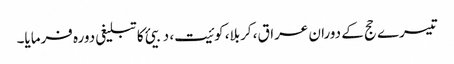
تیسرے حج کے دوران عراق، کربلا، کوئیت، دبیئ کا تبلیغی دورہ فرمایا۔